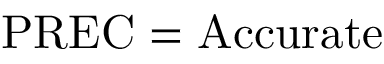
\mathrm { P R E C } = \mathrm { A c c u r a t e }